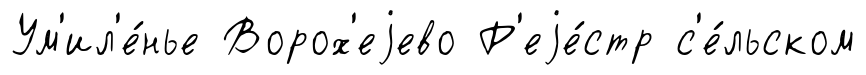
Ум'ил'е́нье Ворох'еjево Р'еjе́стр с'е́льском